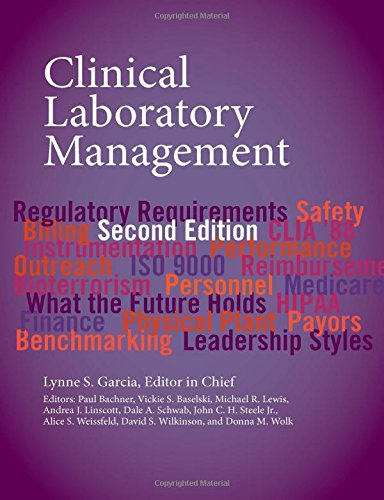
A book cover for Clinical Laboratory Management; Medical Books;